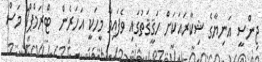
ޖިންސީ އަނިޔާގެ ޝިކާރައަކަށް ހަޤީޤަތުގައި ވެފައިވާ މީހަކީ އަހަރެން  ޓްރަމްޕް1 މަސް